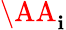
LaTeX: \AA_{\mathbf{i}}